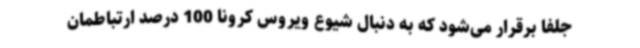
جلفا برقرار می‌شود که به دنبال شیوع ویروس کرونا 100 درصد ارتباطمان